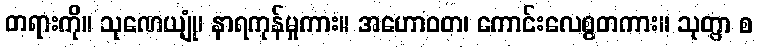
တရားကို။ သုဏေယျုံ၊ နာရကုန်မူကား။ အဟောဝတ၊ ကောင်းလေစွတကား။ သုတွာ စ